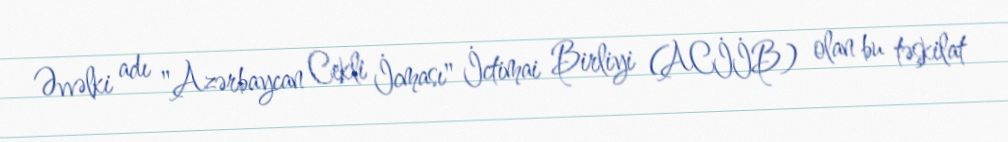
Əvvəlki adı "Azərbaycan Cekli İcması" İctimai Birliyi (ACİİB) olan bu təşkilat